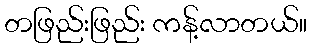
တဖြည်းဖြည်း ကန့်လာတယ်။